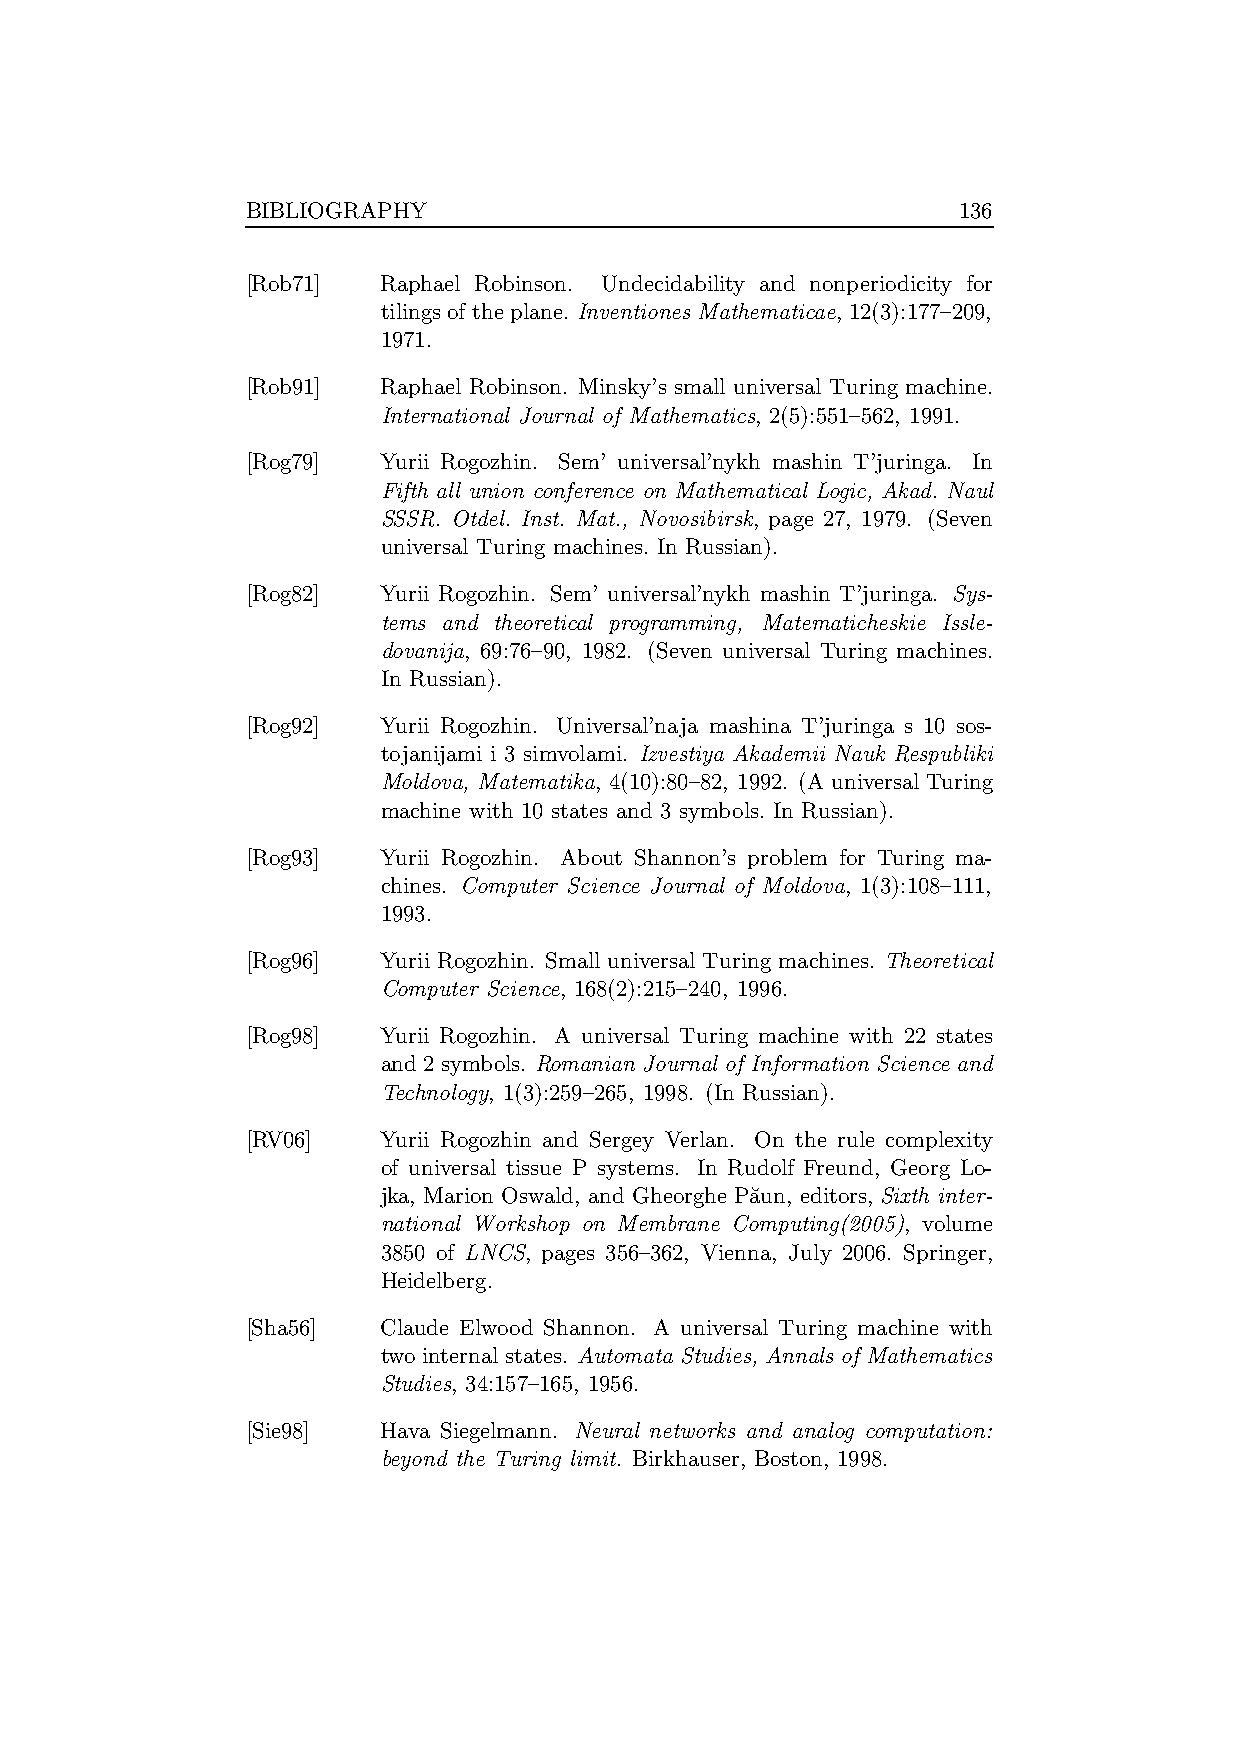
BIBLIOGRAPHY                                   136
 [Rob71]  Raphael Robinson. Undecidability and nonperiodicity for
 tilings of theplane. Inventiones Mathematicae, 12(3):177–209,
 1971.
 [Rob91]  Raphael Robinson. Minsky’s small universal Turing machine.
 International Journal of Mathematics, 2(5):551–562, 1991.
 [Rog79]  Yurii Rogozhin. Sem’ universal’nykh mashin T’juringa. In
 Fifth all union conference on Mathematical Logic, Akad. Naul
 SSSR. Otdel. Inst. Mat., Novosibirsk, page 27, 1979. (Seven
 universal Turing machines. In Russian).
 [Rog82]  Yurii Rogozhin. Sem’ universal’nykh mashin T’juringa. Sys-
 tems and theoretical programming, Matematicheskie Issle-
 dovanija, 69:76–90, 1982. (Seven universal Turing machines.
 In Russian).
 [Rog92]  Yurii Rogozhin. Universal’naja mashina T’juringa s 10 sos-
 tojanijami i 3 simvolami. Izvestiya Akademii Nauk Respubliki
 Moldova, Matematika, 4(10):80–82, 1992. (A universal Turing
 machine with 10 states and 3 symbols. In Russian).
 [Rog93]  Yurii Rogozhin. About Shannon’s problem for Turing ma-
 chines. Computer Science Journal of Moldova, 1(3):108–111,
 1993.
 [Rog96]  Yurii Rogozhin. Small universal Turing machines. Theoretical
 Computer Science, 168(2):215–240, 1996.
 [Rog98]  Yurii Rogozhin. A universal Turing machine with 22 states
 and 2symbols. Romanian Journal of Information Science and
 Technology, 1(3):259–265, 1998. (In Russian).
 [RV06]   Yurii Rogozhin and Sergey Verlan. On the rule complexity
 of universal tissue P systems. In Rudolf Freund, Georg Lo-
 jka, Marion Oswald, and Gheorghe Pa˘un, editors, Sixth inter-
 national Workshop on Membrane Computing(2005), volume
 3850 of LNCS, pages 356–362, Vienna, July 2006. Springer,
 Heidelberg.
 [Sha56]  Claude Elwood Shannon. A universal Turing machine with
 two internal states. Automata Studies, Annals of Mathematics
 Studies, 34:157–165, 1956.
 [Sie98]  Hava Siegelmann. Neural networks and analog computation:
 beyond the Turing limit. Birkhauser, Boston, 1998.